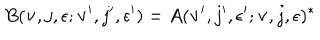
B ( { \bf v } , j , \epsilon ; { \bf v } ^ { \prime } , j ^ { \prime } , \epsilon ^ { \prime } ) = A ( { \bf v } ^ { \prime } , j ^ { \prime } , \epsilon ^ { \prime } ; { \bf v } , j , \epsilon ) ^ { * }